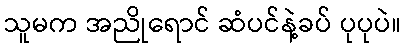
သူမက အညိုရောင် ဆံပင်နဲ့ခပ် ပုပုပဲ။